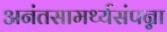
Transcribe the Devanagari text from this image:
अनंतसामर्थ्यसंपन्ना